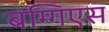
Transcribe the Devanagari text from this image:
बग्गिएस